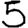
Digit: 5